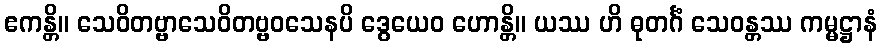
ဧကန္တိ။ သေဝိတဗ္ဗာသေဝိတဗ္ဗဝသေနပိ ဒွေယေဝ ဟောန္တိ။ ယဿ ဟိ ဓုတင်္ဂံ သေဝန္တဿ ကမ္မဋ္ဌာနံ